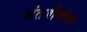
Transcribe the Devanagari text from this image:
अंतर्जीवविष